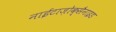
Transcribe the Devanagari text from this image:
नाईटाज़ोक्सैनाइड